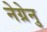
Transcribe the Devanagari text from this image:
नेग्रेनु